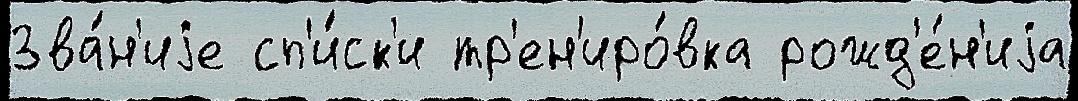
Зва́н'иjе сп'и́ск'и тр'ен'иро́вка рожд'е́н'иjа